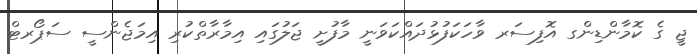
ޖީ ގެ ކޮމާންޑިންގ އޮފިސަރ ވާހަކަފުޅުދައްކަވަނީ މާފުށީ ޖަލުގައި އިމާރާތްކުރި އިމަޖެންސީ ސަޕޯރޓް